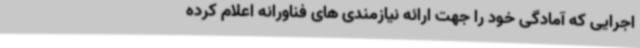
اجرایی که آمادگی خود را جهت ارائه نیازمندی های فناورانه اعلام کرده